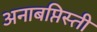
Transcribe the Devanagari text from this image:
अनाबप्तिस्ती